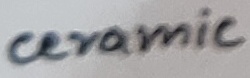
Text: ceramic